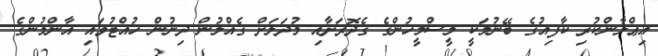
އިޢްލާންކުރި ކާފިއުގެ ބޭނުމަކީ މީސްމީހުންގެ ގެދޮރަށާއި މުދަލަށް ގެއްލުން ދިނުން ހުއްޓުވައި އާންމުންގެ